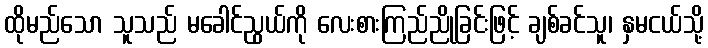
ထိုမည်သော သူသည် မခေါင်ညွယ်ကို လေးစားကြည်ညိုခြင်းဖြင့် ချစ်ခင်သူ၊ နှမငယ်သို့